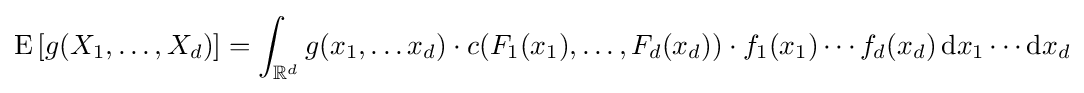
\operatorname {E} \left[g(X_{1},\dots ,X_{d})\right]=\int _{\mathbb {R} ^{d}}g(x_{1},\dots x_{d})\cdot c(F_{1}(x_{1}),\dots ,F_{d}(x_{d}))\cdot f_{1}(x_{1})\cdots f_{d}(x_{d})\,\mathrm {d} x_{1}\cdots \mathrm {d} x_{d}